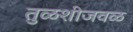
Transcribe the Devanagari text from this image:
तुळशीजवळ